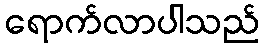
ရောက်လာပါသည်